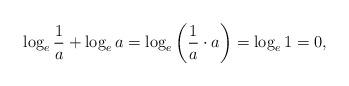
LaTeX: \begin{align*}\log_e \frac 1a + \log_e a = \log_e \left( \frac 1a \cdot a\right) = \log_e 1 =0,\end{align*}